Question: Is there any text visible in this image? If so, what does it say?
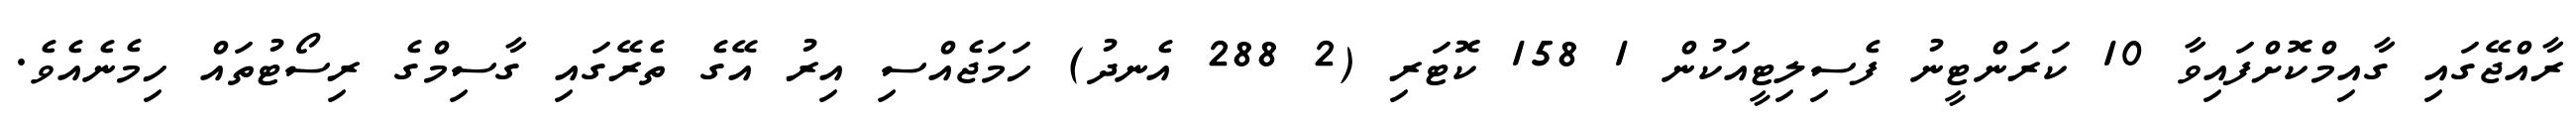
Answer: ރާއްޖޭގައި ގާއިމްކޮށްފައިވާ 10 ކަރަންޓީނު ފެސިލިޓީއަކުން 1 158 ކޮޓަރި (2 288 އެނދު) ހަމަޖެއްސި އިރު އޭގެ ތެރޭގައި ގާސިމްގެ ރިސޯޓުތައް ހިމެނެއެވެ.